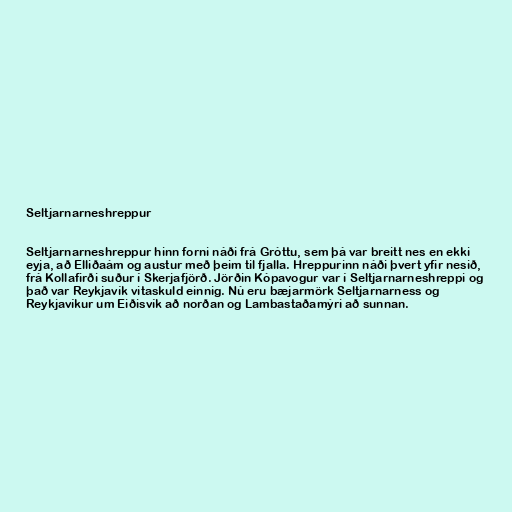
Seltjarnarneshreppur

Seltjarnarneshreppur hinn forni náði frá Gróttu, sem þá var breitt nes en ekki
eyja, að Elliðaám og austur með þeim til fjalla. Hreppurinn náði þvert yfir nesið,
frá Kollafirði suður í Skerjafjörð. Jörðin Kópavogur var í Seltjarnarneshreppi og
það var Reykjavík vitaskuld einnig. Nú eru bæjarmörk Seltjarnarness og
Reykjavíkur um Eiðisvík að norðan og Lambastaðamýri að sunnan.